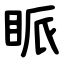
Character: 眽